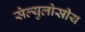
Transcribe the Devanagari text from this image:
सेल्युलोसीय